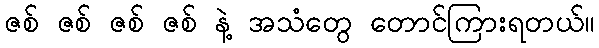
ဇစ် ဇစ် ဇစ် ဇစ် နဲ့ အသံတွေ တောင်ကြားရတယ်။